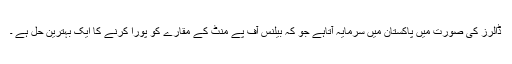
ڈالرز کی صورت میں پاکستان میں سرمایہ آتاہے جو کہ بیلنس آف پے منٹ کے مقارے کو پورا کرنے کا ایک بہترین حل ہے ۔